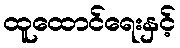
ထူထောင်ရေးနှင့်